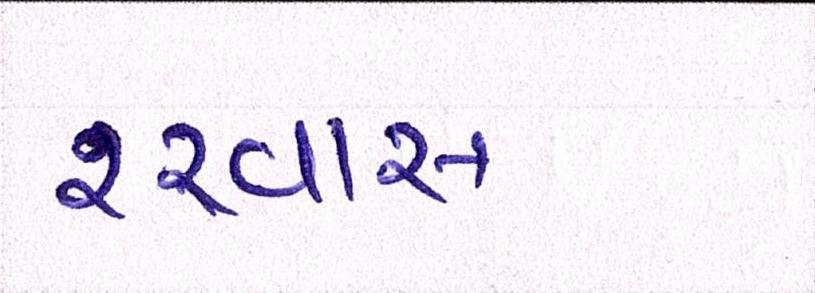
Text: શ્ર્વાસ